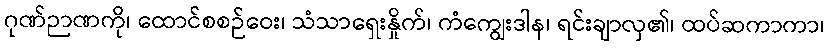
ဂုဏ်ဉာဏကို၊ ထောင်စစဉ်ဝေး၊ သံသာရှေးနှိုက်၊ ကံကျွေးဒါန၊ ရင်းချာလှ၏၊ ထပ်ဆကာကာ၊